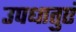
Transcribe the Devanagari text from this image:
उपधातुएं